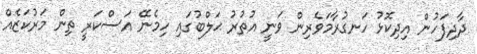
ދާދިފަހުން އިދިކޮޅު ހަނގުރާމަވެރިން ވަނީ އުތުރު ޙަލްބުގައި ހިމެނޭ އަސްކަރީ ތިން މަރުކަޒެއް